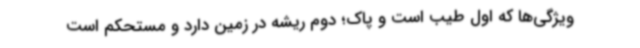
ویژگی‌ها که اول طیب است و پاک؛ دوم ریشه در زمین دارد و مستحکم است